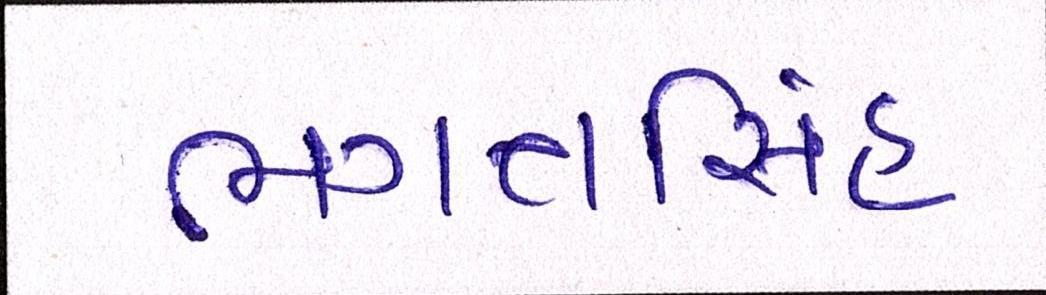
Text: ભગતસિંહ